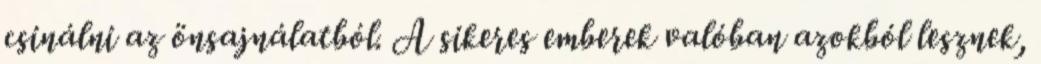
csinálni az önsajnálatból. A sikeres emberek valóban azokból lesznek,